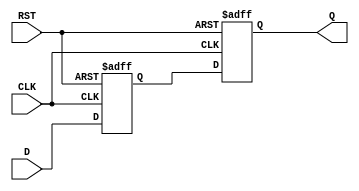
module ms_ff_synchronizer (
    input wire D,            // Asynchronous input signal
    input wire CLK,          // Primary clock signal
    input wire RST,          // Asynchronous reset signal
    output reg Q            // Synchronized output
);

    reg Q_M;                // Output of the master flip-flop

    // Master Flip-Flop
    always @(posedge CLK or posedge RST) begin
        if (RST) begin
            Q_M <= 1'b0;    // Reset master flip-flop
        end else begin
            Q_M <= D;      // Capture input D on the rising edge of CLK
        end
    end

    // Slave Flip-Flop
    always @(posedge CLK or posedge RST) begin
        if (RST) begin
            Q <= 1'b0;      // Reset slave flip-flop
        end else begin
            Q <= Q_M;      // Capture output of master flip-flop
        end
    end

endmodule